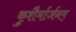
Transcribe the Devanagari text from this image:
कुशैर्मार्जनम्